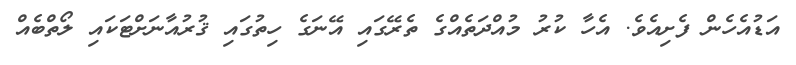
އަޑުއެހެން ފެށިއެވެ. އެހާ ކުރު މުއްދަތެއްގެ ތެރޭގައި އޭނަގެ ހިތުގައި ޤުރުއާނަށްޓަކައި ލޯތްބެއް